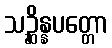
သဉ္ဆိန္နပတ္တော